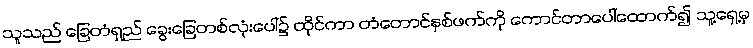
သူသည် ခြေတံရှည် ခွေးခြေတစ်လုံးပေါ်၌ ထိုင်ကာ တံတောင်နှစ်ဖက်ကို ကောင်တာပေါ်ထောက်၍ သူ့ရှေ့မှ